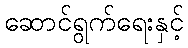
ဆောင်ရွက်ရေးနှင့်